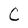
Character: C